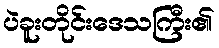
ပဲခူးတိုင်းဒေသကြီး၏